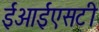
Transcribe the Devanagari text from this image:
ईआईएसटी